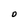
Character: O